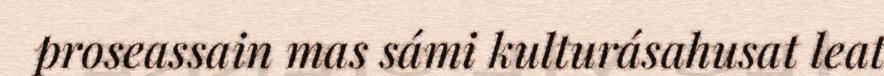
proseassain mas sámi kulturásahusat leat